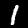
Label: 1